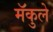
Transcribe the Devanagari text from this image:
मॅकुले